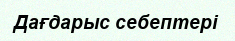
Дағдарыс себептері